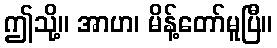
ဤသို့။ အာဟ၊ မိန့်တော်မူပြီ။